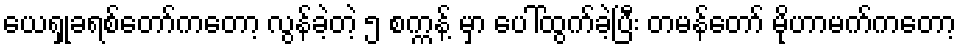
ယေရှုခရစ်တော်ကတော့ လွန်ခဲ့တဲ့ ၅ စက္ကန့် မှာ ပေါ်ထွက်ခဲ့ပြီး တမန်တော် မိုဟာမက်ကတော့